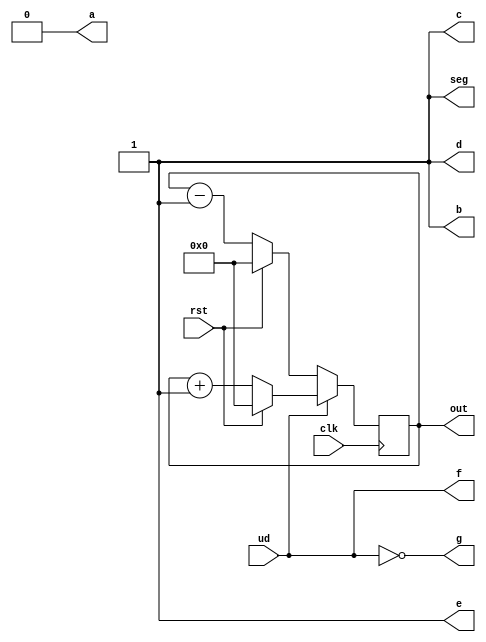
`timescale 1ns / 1ps
module four_bit_up_down_counter(clk, rst, ud, out, a, b, c, d, e, f, g, seg);
input clk, rst, ud;

output a, b, c, d, e, f, g, seg;
output [3:0] out;
reg [3:0] out;

assign a = 0; 
assign b = 1;
assign c = 1; 
assign d = 1;
assign e = 1; 
assign seg = 1;
assign f = 1 & ud;
assign g = 1 & (~ud);

always@(posedge clk)
if(ud) begin
    if(rst)
        out <= 0;
    else
        out <= out + 1;
end

else begin
    if(rst)
    out <= 0;
    else
    out <= out - 1;
    end
endmodule